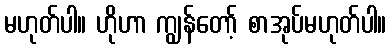
မဟုတ်ပါ။ ဟိုဟာ ကျွန်တော့် စာအုပ်မဟုတ်ပါ။